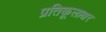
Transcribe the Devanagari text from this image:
प्रतिकूलाक्षर